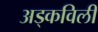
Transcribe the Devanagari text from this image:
अड्कविली